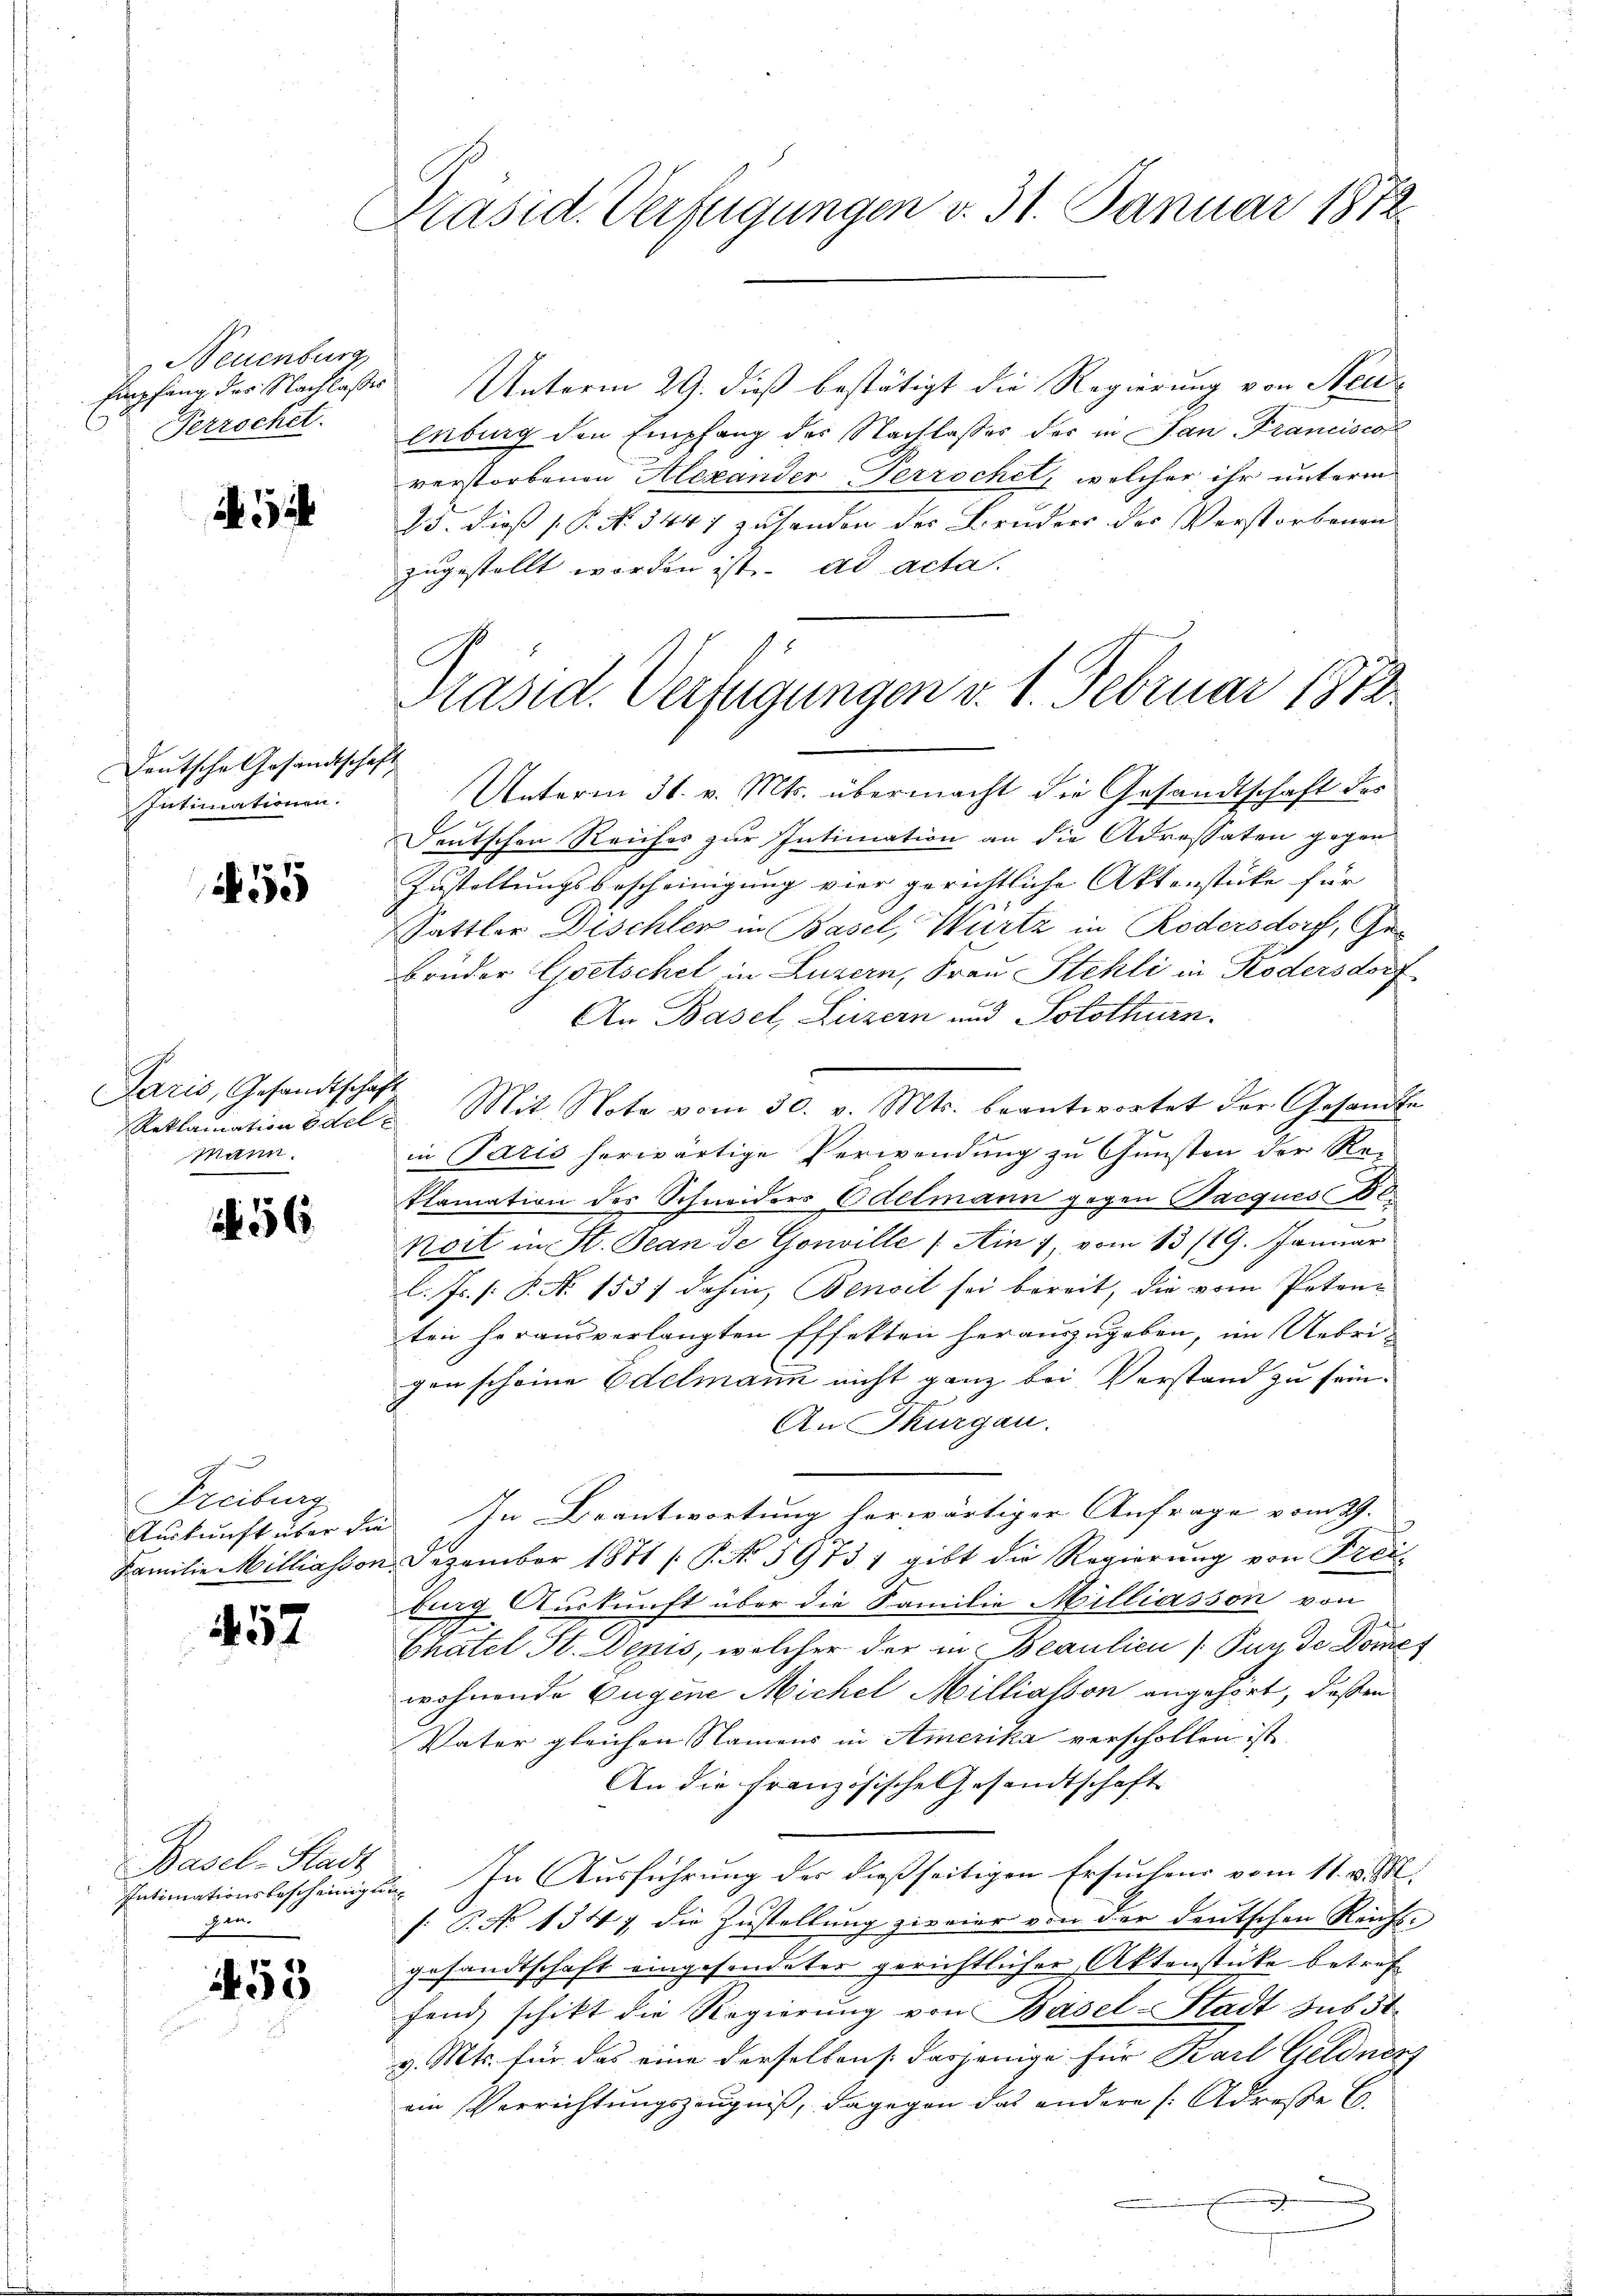
Neuenburg,
Empfang der Nachlaßes
Perrochet.

i

Deutsche Gesandtschaft
Intimationen.

N 55

Paris, Gesandtschaft
Mann

Freiburg
Auskunft über die
Familie Milliassor

457

Basel-Stadt
Intimationsbescheinig
den

1453

Präsid. Verfügungen v. 31. Januar 1872.

Päsid. Verfügungen v. 1. Februar 1872

Unterm 29. dieß bestätigt die Regierung von Neu¬
Enburg den Empfang des Sachlasses des in an Francisco
verstorbenen Alexander Perrochet, welcher ihr unterm
23. Dieß P. No. 3447 zu handen der Bruders der Verstorbenen
zugestellt worden ist. ad acta.
Unterm 31. v. Mts. übermacht die Gesandtschaft des
Deutschen Reiches zur Intimation an die Adressaten gegen
Zustellungsbescheinigung vier gerichtliche Aktenstücke für
Sattler Dischler in Basel, Wurtz in Rödersdorf, Ge¬
Brüder Gsetschet in Luzern, Frau Stehli in Kodersdorf
An Basel, Luzern und Solothurn.
Reklamationsdele Mit Note vom 30. v. Mts. beantwortet der Gesandte
in Paris herwärtige Verwendung zu Gunsten der Re-
klamation des Schneiders Edelmann gegen Jacques Be¬
Nort in St. Bean de Gouville (Ain 7, vom 13/19. Januar
l. Js. [P. N. 1557 dahin, Benoit sei bereit, die vom Petenz
ten herausverlangten Effekten herauszugeben, im Uebri-
gen scheine Edelmann nicht ganz bei Verstand zu sein.
An Thurgau.
 In Beantwortung herwärtiger Anfrage vom 29.
 Dezember 1871 / P. No 59731 gibt die Regierung von Freil
burg Auskunft über die Familie Milliasson von
Chatel St. Dezis, welcher der in Beaulien (Puy de Dome
wohnende Eugene Michel Milliasson angehört, deßen
Vater gleichen Namens in Amerika verschollen ist.
An die französische Gesandtschaft
di. In Ausführung der dießseitigen Ersuchens vom 11. v. M.
[: P. No 1347 die Zustellung zivier von der deutschen Reichs-
gesandtschaft eingesendeter gerichtlicher Aktenstücke betref
fend schikt die Regierŭng von Basel-Stadt sub 5t
v. Mts. für das eine derselben s. dasjenige für Karl Geldner
ein Verrichtungszeugniß, dagegen das andere Adresse E
d